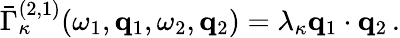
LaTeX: \bar{\Gamma}_{\kappa}^{(2,1)}(\omega_{1},{\mathbf q}_{1},\omega_{2},{\mathbf q}_{2})=\lambda_{\kappa}{\mathbf q}_{1}\cdot{\mathbf q}_{2}\, .